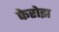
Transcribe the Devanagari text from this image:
फेरोझ